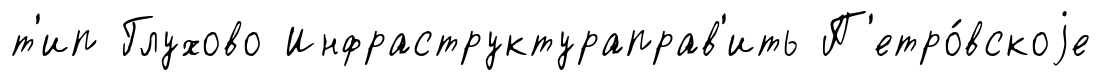
т'ип Глухово Инфраструктураправ'ить П'етро́вскоjе